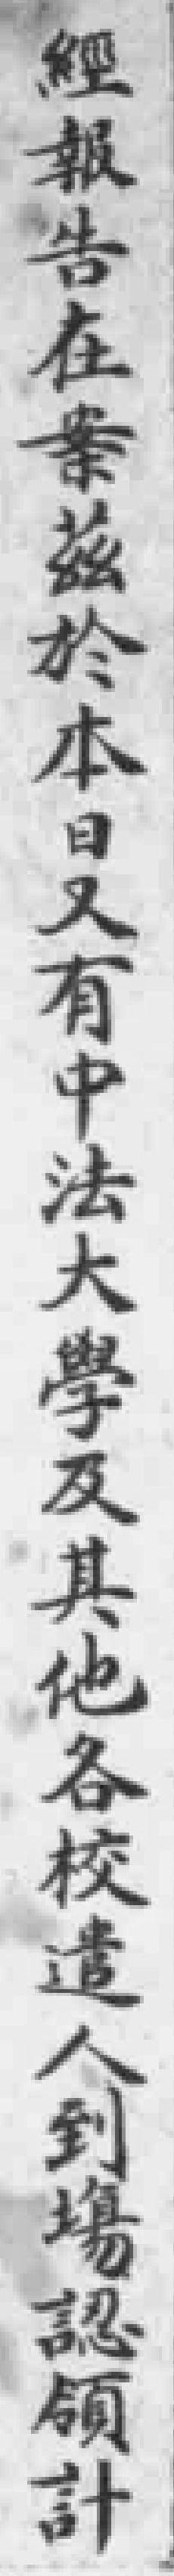
經報告在案茲於本日又有中法大學及其他各校遣人到場認領計